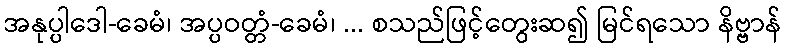
အနုပ္ပါဒေါ-ခေမံ၊ အပ္ပဝတ္တံ-ခေမံ၊ ... စသည်ဖြင့်တွေးဆ၍ မြင်ရသော နိဗ္ဗာန်